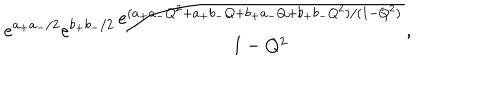
LaTeX: e ^ { a _ { + } a _ { - } / 2 } e ^ { b _ { + } b _ { - } / 2 } \frac { e ^ { ( a _ { + } a _ { - } Q ^ { 2 } + a _ { + } b _ { - } Q + b _ { + } a _ { - } Q + b _ { + } b _ { - } Q ^ { 2 } ) / ( 1 - Q ^ { 2 } ) } } { 1 - Q ^ { 2 } } ,